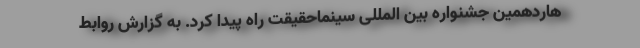
هاردهمین جشنواره بین المللی سینماحقیقت راه پیدا کرد. به گزارش روابط